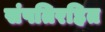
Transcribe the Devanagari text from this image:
संपतिरहित